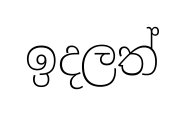
ඉදලත්